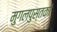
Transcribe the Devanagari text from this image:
मुगलपुस्तकों